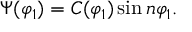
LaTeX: \Psi ( \varphi _ { 1 } ) = C ( \varphi _ { 1 } ) \sin n \varphi _ { 1 } .